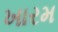
ખારમ